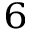
_ 6